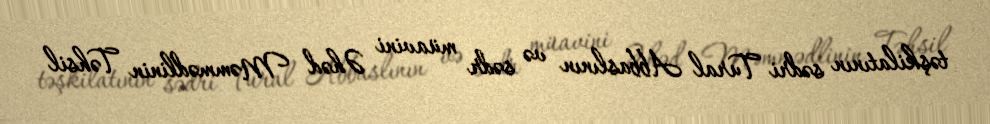
təşkilatının sədri Tural Abbaslının və sədr müavini Əhəd Məmmədlinin Təhsil